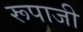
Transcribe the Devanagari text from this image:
रूपाजी